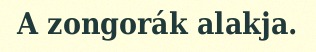
A zongorák alakja.